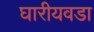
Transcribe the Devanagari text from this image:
घारीयवडा